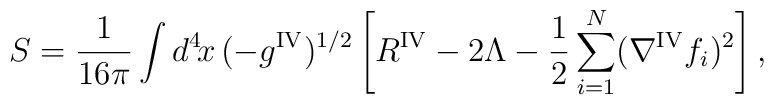
S = \frac{1}{16 \pi} \int d^4\!x\, (-g^{{\rm IV}})^{1/2} \left[ R^{{\rm IV}} - 2 \Lambda - \frac{1}{2} \sum_{i=1}^{N} (\nabla^{{\rm IV}} f_i)^2 \right],